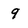
Character: 9